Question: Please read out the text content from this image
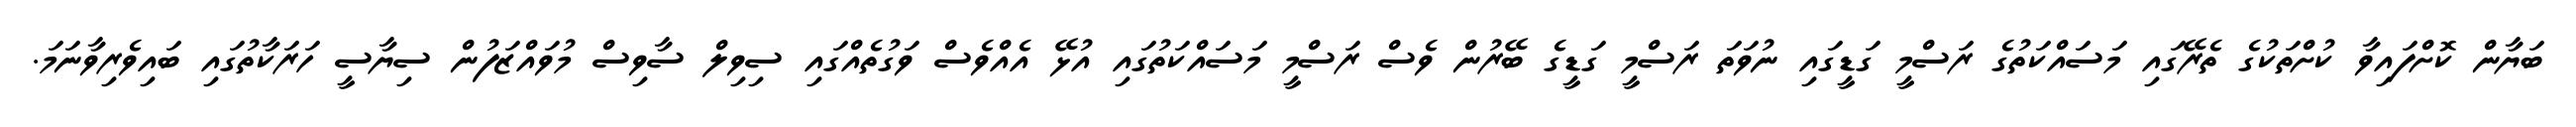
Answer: ބަޔާން ކޮށްފައިވާ ކުށްތަކުގެ ތެރޭގައި މަސައްކަތުގެ ރަސްމީ ގަޑީގައި ނުވަތަ ރަސްމީ ގަޑީގެ ބޭރުން ވެސް ރަސްމީ މަސައްކަތުގައި އުޅޭ އެއްވެސް ވަގުތެއްގައި ސިވިލް ސާވިސް މުވައްޒަފުން ސިޔާސީ ހަރަކާތުގައި ބައިވެރިވާނަމަ.